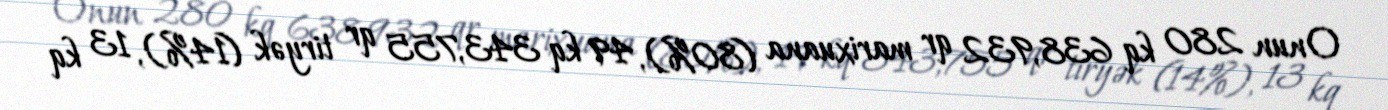
Onun 280 kq 638,932 qr marixuana (80%), 49 kq 343,755 qr tiryək (14%), 13 kq